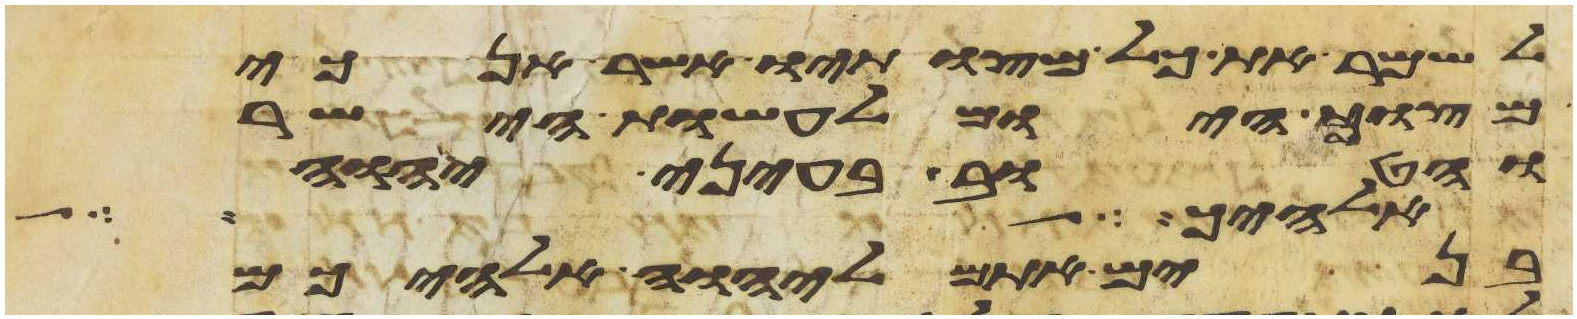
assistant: לשמר את כל מצותיו אשר אנכי
מצוך היום לעשות הישר
והטוב בעיני יהוה
אלהיך הוא ולא
בנים אתם ליהוה אלהיכם